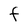
Character: F